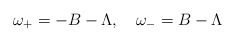
\begin{align*}\omega_+=-B-\Lambda,\quad\omega_-=B-\Lambda\end{align*}